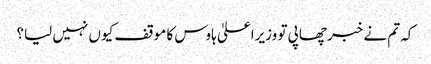
کہ تم نے خبر چھاپی تو وزیراعلیٰ ہاوس کا موقف کیوں نہیں لیا؟